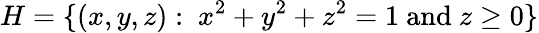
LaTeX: H=\{ (x,y,z):\ x^{2}+y^{2}+z^{2}=1{\mathrm{~and~}}z\geq 0\}